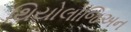
થિયોલોજિઅન